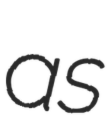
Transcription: as